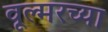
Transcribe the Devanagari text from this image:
वूल्मरच्या